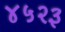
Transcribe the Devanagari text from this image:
४५२३